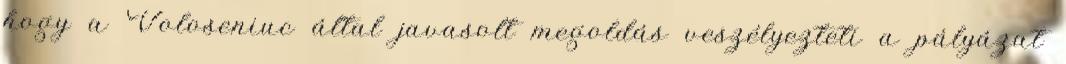
hogy a Voloseniuc által javasolt megoldás veszélyezteti a pályázat